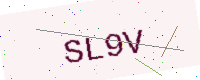
Text: SL9V